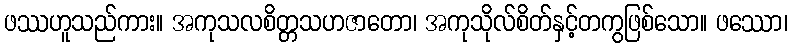
ဖဿဟူသည်ကား။ အကုသလစိတ္တသဟဇာတော၊ အကုသိုလ်စိတ်နှင့်တကွဖြစ်သော။ ဖဿော၊